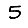
Digit: 5